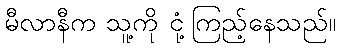
မီလာနီက သူ့ကို ငုံ့ကြည့်နေသည်။